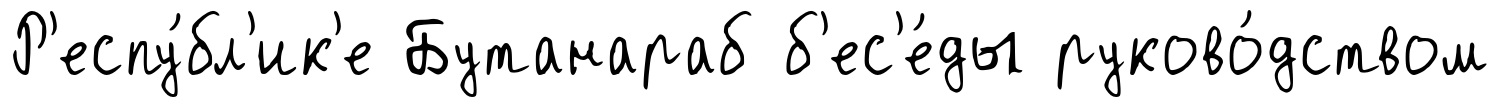
Р'еспу́бл'ик'е Бутанараб б'ес'е́ды руково́дством